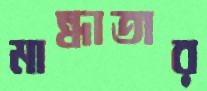
মান্ধাতার